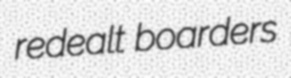
redealt boarders